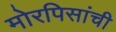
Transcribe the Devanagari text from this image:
मोरपिसांची